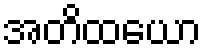
အတိထယော